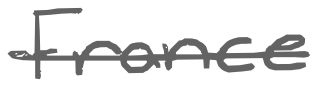
Text: France
Cross-out: single-line
Writing tool: digital_gray